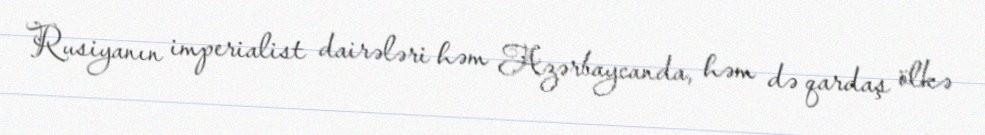
Rusiyanın imperialist dairələri həm Azərbaycanda, həm də qardaş ölkə